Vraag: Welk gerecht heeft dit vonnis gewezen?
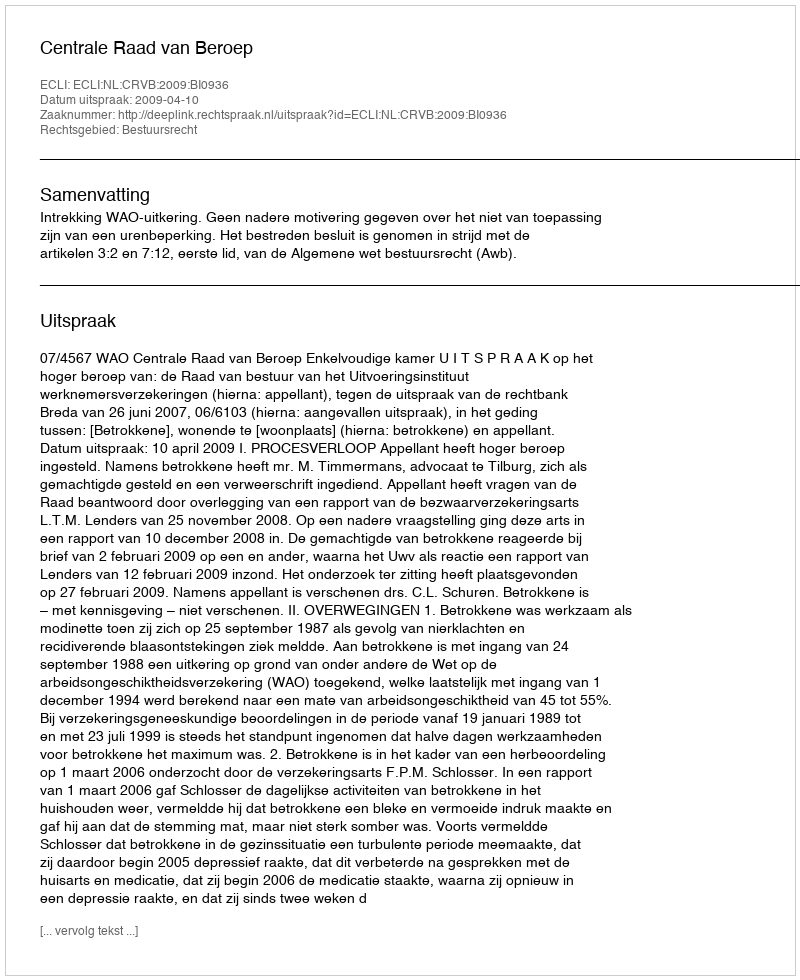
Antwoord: Centrale Raad van Beroep